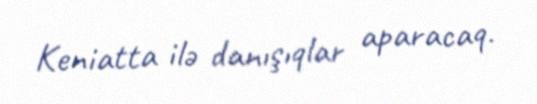
Keniatta ilə danışıqlar aparacaq.